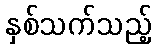
နှစ်သက်သည့်